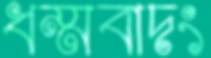
ধম্মবাদং